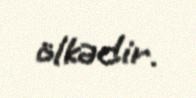
ölkədir.